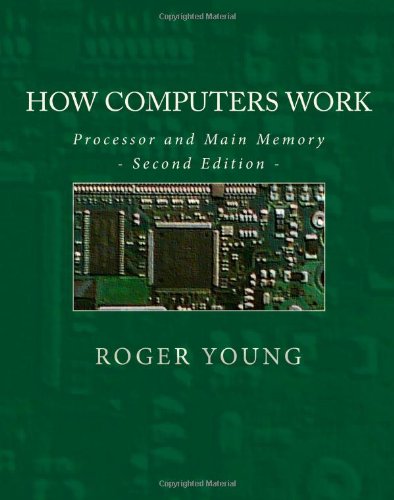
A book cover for How Computers Work: Processor And Main Memory (Second Edition); Roger Young; Computers & Technology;